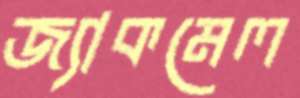
জ্যাকমেল